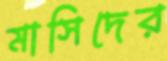
মাসিদের